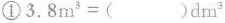
①$$3 . 8 m _ { 3 } = ( ) d m _ { 3 } $$